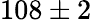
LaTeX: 108\pm 2